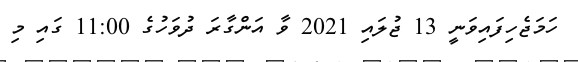
ހަމަޖެހިފައިވަނީ 13 ޖުލައި 2021 ވާ އަންގާރަ ދުވަހުގެ 11:00 ގައި މި